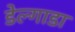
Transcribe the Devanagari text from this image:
डेल्गाडा